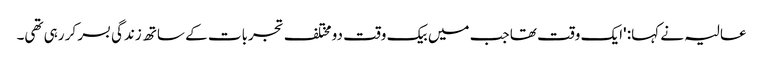
عالیہ نے کہا: 'ایک وقت تھا جب میں بیک وقت دو مختلف تجربات کے ساتھ زندگی بسر کر رہی تھی۔